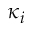
\kappa _ { i }